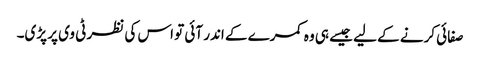
صفائی کرنے کے لیے جیسے ہی وہ کمرے کے اندر آئی تو اس کی نظر ٹی وی پر پڑی۔